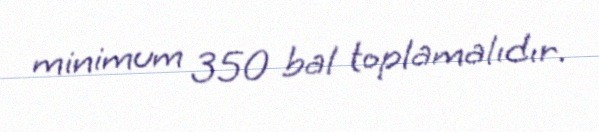
minimum 350 bal toplamalıdır.